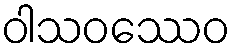
ဝါသဝဿေဝ